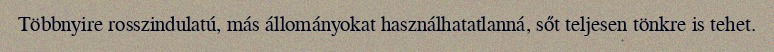
Többnyire rosszindulatú, más állományokat használhatatlanná, sőt teljesen tönkre is tehet.